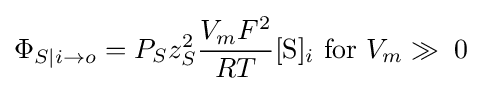
\Phi _{S|i\to o}=P_{S}z_{S}^{2}{\frac {V_{m}F^{2}}{RT}}[{\mbox{S}}]_{i}\ {\mbox{for}}\ V_{m}\gg \;0